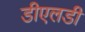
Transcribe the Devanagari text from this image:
डीएलडी